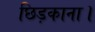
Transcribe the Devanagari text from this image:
छिड़काना।